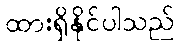
ထားရှိနိုင်ပါသည်